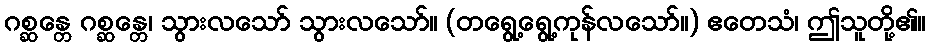
ဂစ္ဆန္တေ ဂစ္ဆန္တေ၊ သွားလသော် သွားလသော်။ (တရွေ့ရွေ့ကုန်လသော်။) ဧတေသံ၊ ဤသူတို့၏။